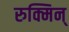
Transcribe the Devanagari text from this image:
रुक्मिन्‌